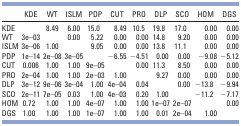
|  | KDE | WT | ISLM | PDP | CUT | PRO | DLP | SCO | HOM | DGS |
 | --- | --- | --- | --- | --- | --- | --- | --- | --- | --- | --- |
 | KDE |  | 8.49 | 6.00 | 15.0 | 8.49 | 10.5 | 19.8 | 17.0 | 0.00 | 0.00 |
 | WT | 3e–03 |  | 0.00 | 5.22 | 0.00 | 0.00 | 14.8 | 9.20 | 0.00 | 0.00 |
 | ISLM | 3e–06 | 1.00 |  | 9.05 | 0.00 | 0.00 | 13.8 | 11.1 | 0.00 | 0.00 |
 | PDP | 1e–14 | 2e–08 | 3e–05 |  | −6.55 | −4.51 | 0.00 | 0.00 | −9.08 | −5.12 |
 | CUT | 0.006 | 1.00 | 1.00 | 9e–05 |  | 0.00 | 11.3 | 8.50 | 0.00 | 0.00 |
 | PRO | 2e–04 | 1.00 | 1.00 | 2e–03 | 1.00 |  | 9.27 | 0.00 | 0.00 | 0.00 |
 | DLP | 3e–12 | 9e–06 | 3e–04 | 1.00 | 4e–04 | 0.04 |  | 0.00 | −13.8 | −9.94 |
 | SCO | 2e–11 | 7e–05 | 0.03 | 1.00 | 4e–03 | 0.20 | 1.00 |  | −11.2 | −7.17 |
 | HOM | 0.72 | 1.00 | 1.00 | 4e–07 | 1.00 | 1.00 | 1e–07 | 2e–07 |  | 0.00 |
 | DGS | 1.00 | 1.00 | 1.00 | 1e–07 | 1.00 | 1.00 | 0.01 | 2e–04 | 1.00 |  |